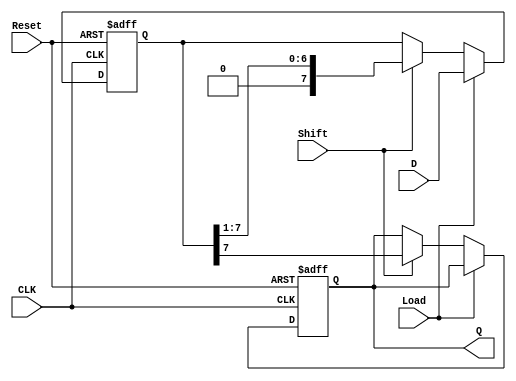
module PISO_Shift_Register #(
    parameter N = 8  // Width of the parallel data inputs
)(
    input wire [N-1:0] D,      // Parallel data inputs
    input wire Shift,           // Shift control input
    input wire Load,            // Load control input
    input wire CLK,             // Clock input
    input wire Reset,           // Asynchronous reset input
    output reg Q               // Serial output
);

    reg [N-1:0] shift_reg;      // Shift register array

    always @(posedge CLK or posedge Reset) begin
        if (Reset) begin
            shift_reg <= {N{1'b0}}; // Clear the register on reset
            Q <= 1'b0;              // Clear the output
        end else begin
            if (Load) begin
                shift_reg <= D;     // Load parallel data into the register
            end else if (Shift) begin
                Q <= shift_reg[N-1]; // Output the MSB to Q
                shift_reg <= {1'b0, shift_reg[N-1:1]}; // Shift right, introducing 0 at MSB
            end
        end
    end

endmodule